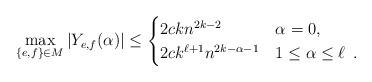
LaTeX: \begin{align*}\max_{\{e,f\} \in M} |Y_{e,f}(\alpha)| \le\begin{cases}2ckn^{2k-2} & \alpha = 0 , \cr 2ck^{\ell+1}n^{2k-\alpha-1} & 1\le \alpha \le \ell \enspace .\end{cases}\end{align*}